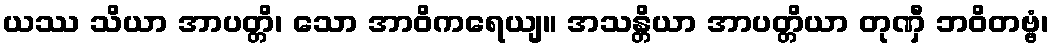
ယဿ သိယာ အာပတ္တိ၊ သော အာဝိကရေယျ။ အသန္တိယာ အာပတ္တိယာ တုဏှီ ဘဝိတဗ္ဗံ၊